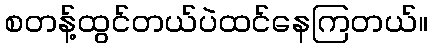
စတန့်ထွင်တယ်ပဲထင်နေကြတယ်။